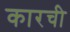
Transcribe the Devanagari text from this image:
कारची